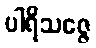
ပါရိသဇ္ဇေ